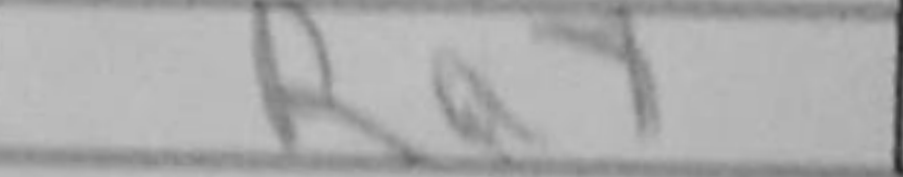
Transcription: Ra7